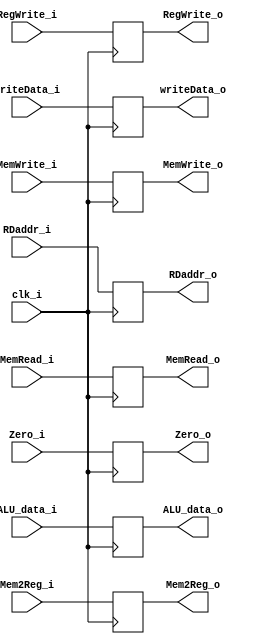
module EX_MEM(
    clk_i      ,
    RegWrite_i ,
    MemWrite_i ,
    MemRead_i  ,
    Mem2Reg_i  ,
    RegWrite_o ,
    MemWrite_o ,
    MemRead_o  ,
    Mem2Reg_o  ,

    Zero_i     ,
    ALU_data_i ,
    writeData_i,
    RDaddr_i   ,
    Zero_o     ,
    ALU_data_o ,
    writeData_o,
    RDaddr_o   ,
);

input clk_i;
input RegWrite_i, MemWrite_i, MemRead_i, Mem2Reg_i;
output reg RegWrite_o, MemWrite_o, MemRead_o, Mem2Reg_o;

input                 Zero_i;
input       [31:0]    ALU_data_i, writeData_i;
input       [4:0]     RDaddr_i;

output reg            Zero_o;
output reg  [31:0]    ALU_data_o, writeData_o;
output reg  [4:0]     RDaddr_o;


always @(posedge clk_i) begin
    RegWrite_o <= RegWrite_i; 
    MemWrite_o <= MemWrite_i; 
    MemRead_o <= MemRead_i; 
    Mem2Reg_o <= Mem2Reg_i;
    Zero_o <= Zero_i;
    ALU_data_o <= ALU_data_i;
    writeData_o <= writeData_i;
    RDaddr_o <= RDaddr_i;
end
endmodule